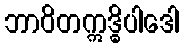
ဘာဝိတဣဒ္ဓိပါဒေါ